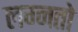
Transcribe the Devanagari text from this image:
लग्नतो